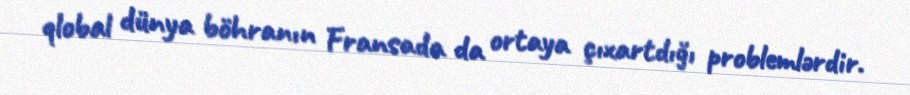
qlobal dünya böhranın Fransada da ortaya çıxartdığı problemlərdir.